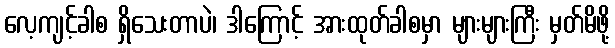
လေ့ကျင့်ခါစ ရှိသေးတာပဲ၊ ဒါကြောင့် အားထုတ်ခါစမှာ များများကြီး မှတ်မိဖို့